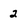
Character: 2